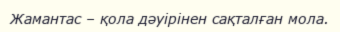
Жамантас – қола дәуірінен сақталған мола.